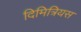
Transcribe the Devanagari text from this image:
दिमित्रियस